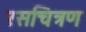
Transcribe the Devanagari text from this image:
रसचित्रण